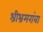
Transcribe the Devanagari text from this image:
श्रीभ्रमरांबा